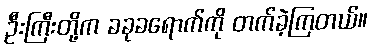
ဦးကြီးတို့က ခခုခရောက်ကို တက်ခဲ့ကြတယ်။